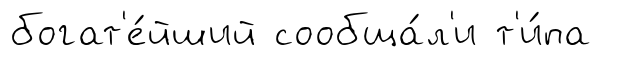
богат'е́йший сообща́л'и т'и́па